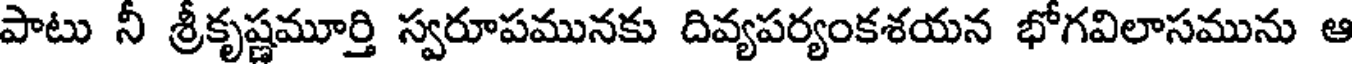
పాటు నీ శ్రీకృష్ణమూర్తి స్వరూపమునకు దివ్యపర్యంకశయన భోగవిలాసమును ఆ